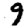
Digit: 9